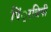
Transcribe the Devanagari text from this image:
पिं्रचिपी